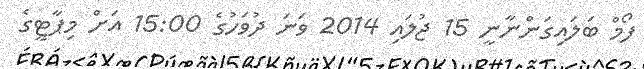
ފޯމް ބަލައިގަންނާނީ 15 ޖުލައި 2014 ވަނަ ދުވަހުގެ 15:00 އަށް މިޕާޓީގެ